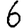
Digit: 6